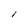
Character: l